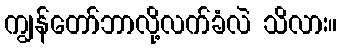
ကျွန်တော်ဘာလို့လက်ခံလဲ သိလား။